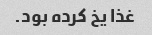
غذا یخ کرده بود.